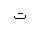
Letter: _ta